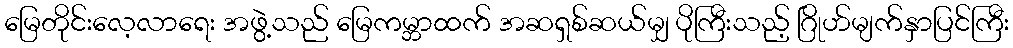
မြေတိုင်းလေ့လာရေး အဖွဲ့သည် မြေကမ္ဘာထက် အဆရှစ်ဆယ်မျှ ပိုကြီးသည့် ဂြိုဟ်မျက်နှာပြင်ကြီး